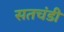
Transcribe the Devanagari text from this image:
सतचंडी